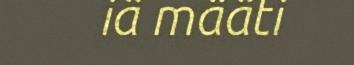
iä määti